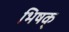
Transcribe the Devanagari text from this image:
भिषक्